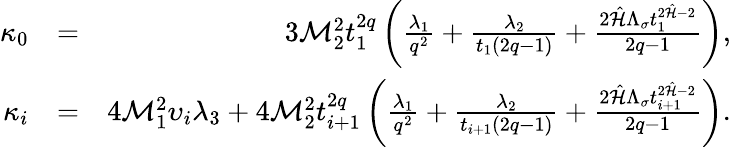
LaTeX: \begin{array}{rlr}{\kappa_{0}}&{=}&{3{\cal M}_{2}^{2}{t}_{1}^{2q}\left(\frac{\lambda_{1}}{q^{2}}+\frac{\lambda_{2}}{t_{1}(2q-1)}+\frac{2\hat{\cal H}\Lambda_{\sigma}t_{1}^{2\hat{\cal H}-2}}{2q-1}\right),}\\ {\kappa_{i}}&{=}&{4{\cal M}_{1}^{2}\upsilon_{i}\lambda_{3}+4{\cal M}_{2}^{2}{t}_{i+1}^{2q}\left(\frac{\lambda_{1}}{q^{2}}+\frac{\lambda_{2}}{t_{i+1}(2q-1)}+\frac{2\hat{\cal H}\Lambda_{\sigma}t_{i+1}^{2\hat{\cal H}-2}}{2q-1}\right).}\end{array}